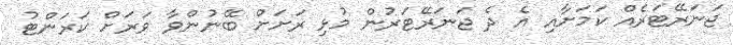
ޖަނަރޭޓަރެއް ކަމަށާއި އެ ދެ ޖަނަރޭޓަރުން މުޅި ރަށަށް ބޭނުންވާ ވަރަށް ކަރަންޓު